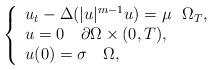
LaTeX: \begin{align*}\left\{ \begin{array}{l}{u_{t}}-{\Delta }(|u|^{m-1}u)=\mu ~~\Omega _{T}, \\ {u}=0~~~\partial \Omega \times (0,T), \\ u(0)=\sigma ~~~\Omega ,\end{array}\right. \end{align*}